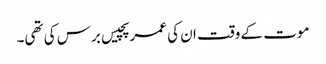
موت کے وقت ان کی عمر پچیس برس کی تھی۔